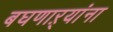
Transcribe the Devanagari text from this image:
बघणाऱ्यांना